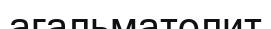
агальматолит